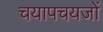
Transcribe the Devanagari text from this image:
चयापचयजों